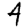
Digit: 4